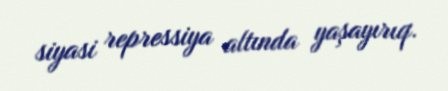
siyasi repressiya altında yaşayırıq.